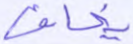
يخافا